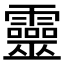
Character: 靈